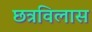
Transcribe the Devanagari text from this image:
छत्रविलास